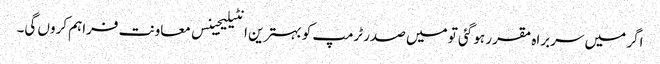
اگر میں سربراہ مقرر ہو گئی تو میں صدر ٹرمپ کو بہترین انٹیلیجینس معاونت فراہم کروں گی۔